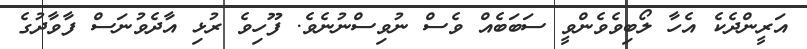
އަރީންދެކެ އެހާ ލޯބިވެވެންވީ ސަބަބެއް ވެސް ނުވިސްނުނެވެ. ފޫހިވެ ރުޅި އާދެވުނަސް ފާވާދުގެ